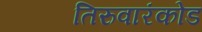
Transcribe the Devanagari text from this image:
तिरुवारंकोड